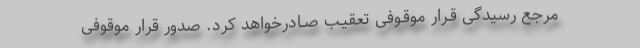
مرجع رسیدگی قـرار موقـوفی تعقیـب صـادرخواهد کرد. صدور قرار موقوفی